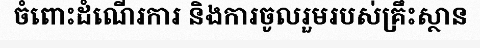
ចំពោះដំណើរការ និងការចូលរួមរបស់គ្រឹះស្ថាន